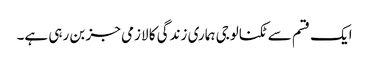
ایک قسم سے ٹکنالوجی ہماری زندگی کا لازمی جز بن رہی ہے۔